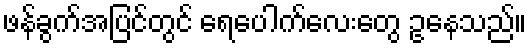
ဖန်ခွက်အပြင်တွင် ရေပေါက်လေးတွေ ဥနေသည်။